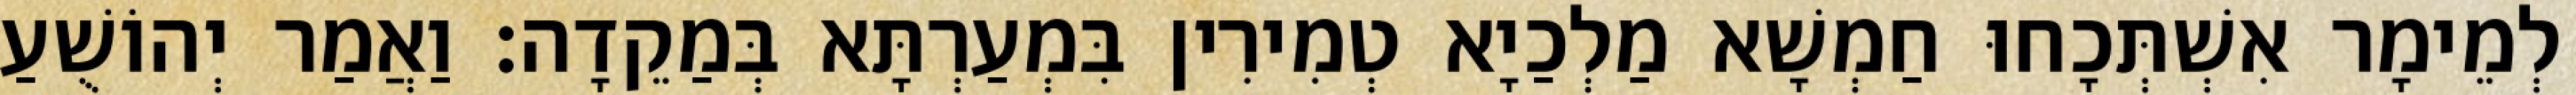
לְמֵימָר אִשְׁתְּכָחוּ חַמְשָׁא מַלְכַיָא טְמִירִין בִּמְעַרְתָּא בְּמַקֵדָה׃ וַאֲמַר יְהוֹשֻׁעַ